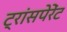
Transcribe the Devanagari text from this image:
ट्रांसपेरेंट